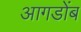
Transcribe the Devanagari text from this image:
आगडोंब